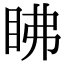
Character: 䀟